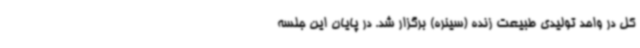
کل در واحد تولیدی طبیعت زنده (سینره) برگزار شد. در پایان این جلسه